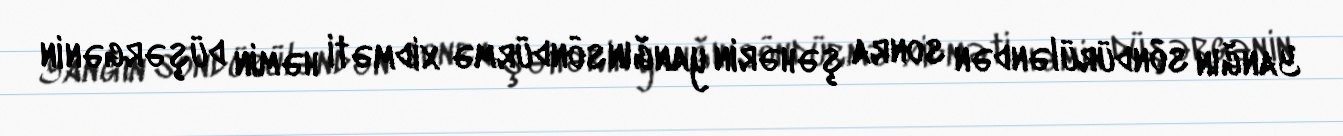
Yanğın söndürüləndən sonra şəhərin yanğınsöndürmə xidməti həmin düşərgənin